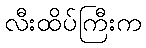
လီးထိပ်ကြီးက